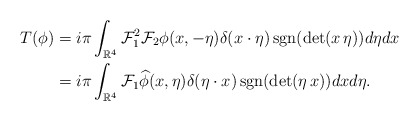
\begin{align*}T(\phi) & = i\pi \int_{\mathbb{R}^4} \mathcal{F}_1^2\mathcal{F}_2 {\phi}(x,-\eta) \delta({x\cdot \eta})\mathop{\textup{sgn}}(\det(x \,\eta)) d\eta dx \\& = i\pi \int_{\mathbb{R}^4} \mathcal{F}_1 \widehat{\phi}(x,\eta) \delta({\eta \cdot x})\mathop{\textup{sgn}}(\det(\eta \,x)) dx d\eta.\end{align*}